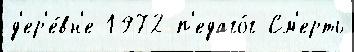
д'ер'е́вн'е 1972 п'едаго́г См'ерть